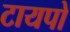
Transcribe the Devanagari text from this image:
टायपो